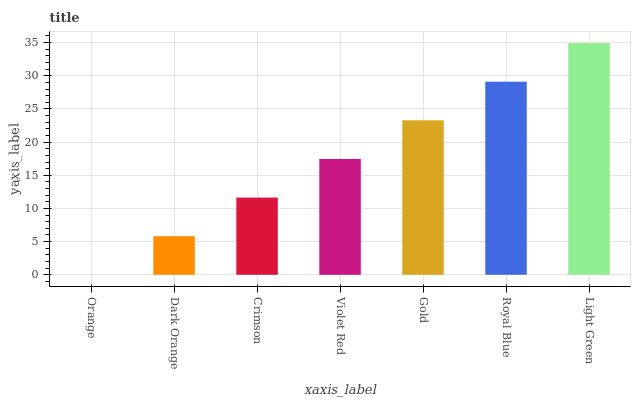
| xaxis_label | bars |
 | --- | --- |
 | Orange | 0 |
 | Dark Orange | 5.82 |
 | Crimson | 11.6 |
 | Violet Red | 17.5 |
 | Gold | 23.3 |
 | Royal Blue | 29.1 |
 | Light Green | 34.9 |